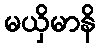
မယှိမာနိ